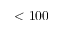
< 1 0 0